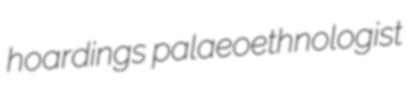
hoardings palaeoethnologist